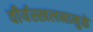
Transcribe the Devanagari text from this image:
वीर्यस्खलनामुळे